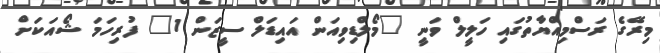
މިރޭގެ ރަސްމިއްޔާތުގައި ހަލީލް ވަނީ "މޯލްޑިވިއަން އައިޑަލް ސީޒަން 1" ފުރިހަމަ ޝޯއަކަށް